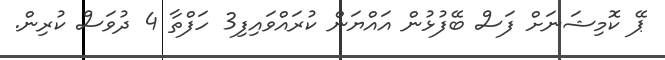
ޕޭ ކޮމިޝަނަށް ފަސް ބޭފުޅުން އައްޔަން ކުރައްވައިފި3 ހަފްތާ 4 ދުވަސް ކުރިން.